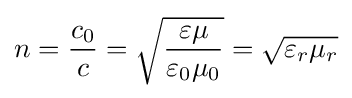
n={\frac {c_{0}}{c}}={\sqrt {\frac {\varepsilon \mu }{\varepsilon _{0}\mu _{0}}}}={\sqrt {\varepsilon _{r}\mu _{r}}}